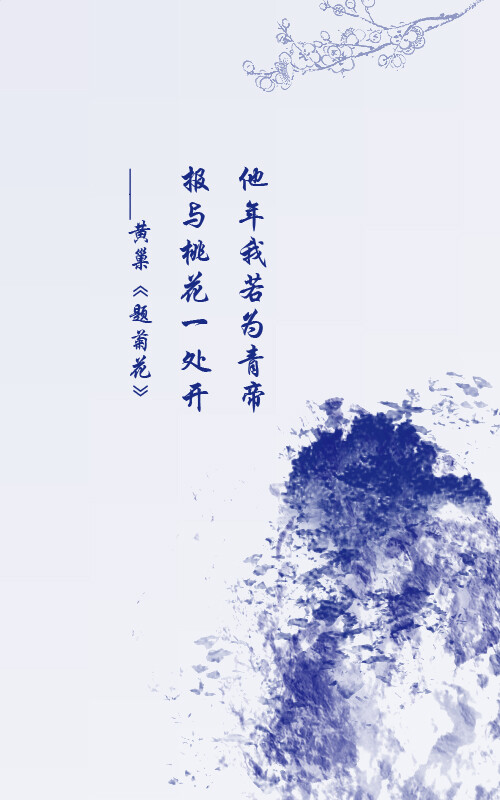
他年我若为青帝，报与桃花一处开。